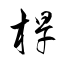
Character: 桿